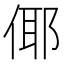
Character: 倻